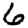
Digit: 6